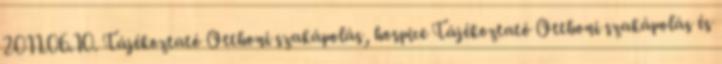
2011.06.10. Tájékoztató Otthoni szakápolás, hospice Tájékoztató Otthoni szakápolás és